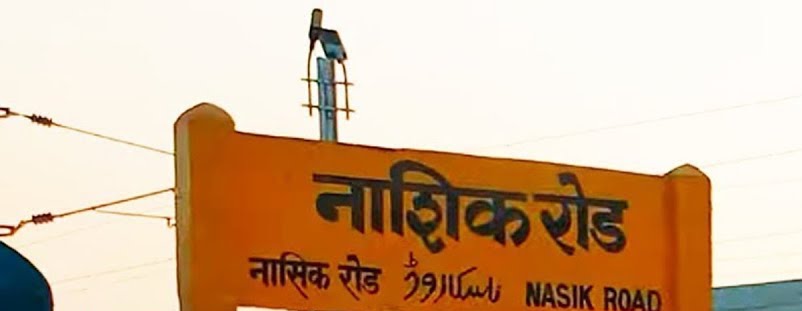
Language: marathi
Transcription: नाशिक रोड